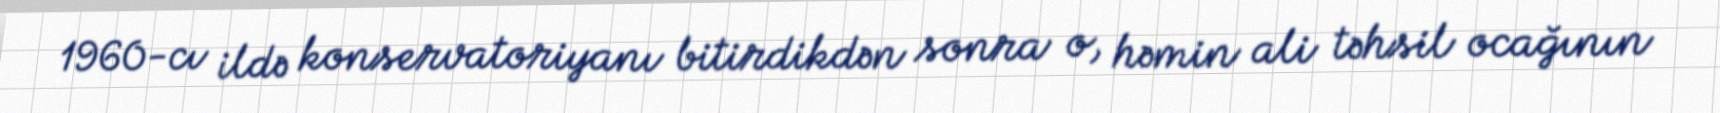
1960-cı ildə konservatoriyanı bitirdikdən sonra o, həmin ali təhsil ocağının